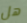
هل